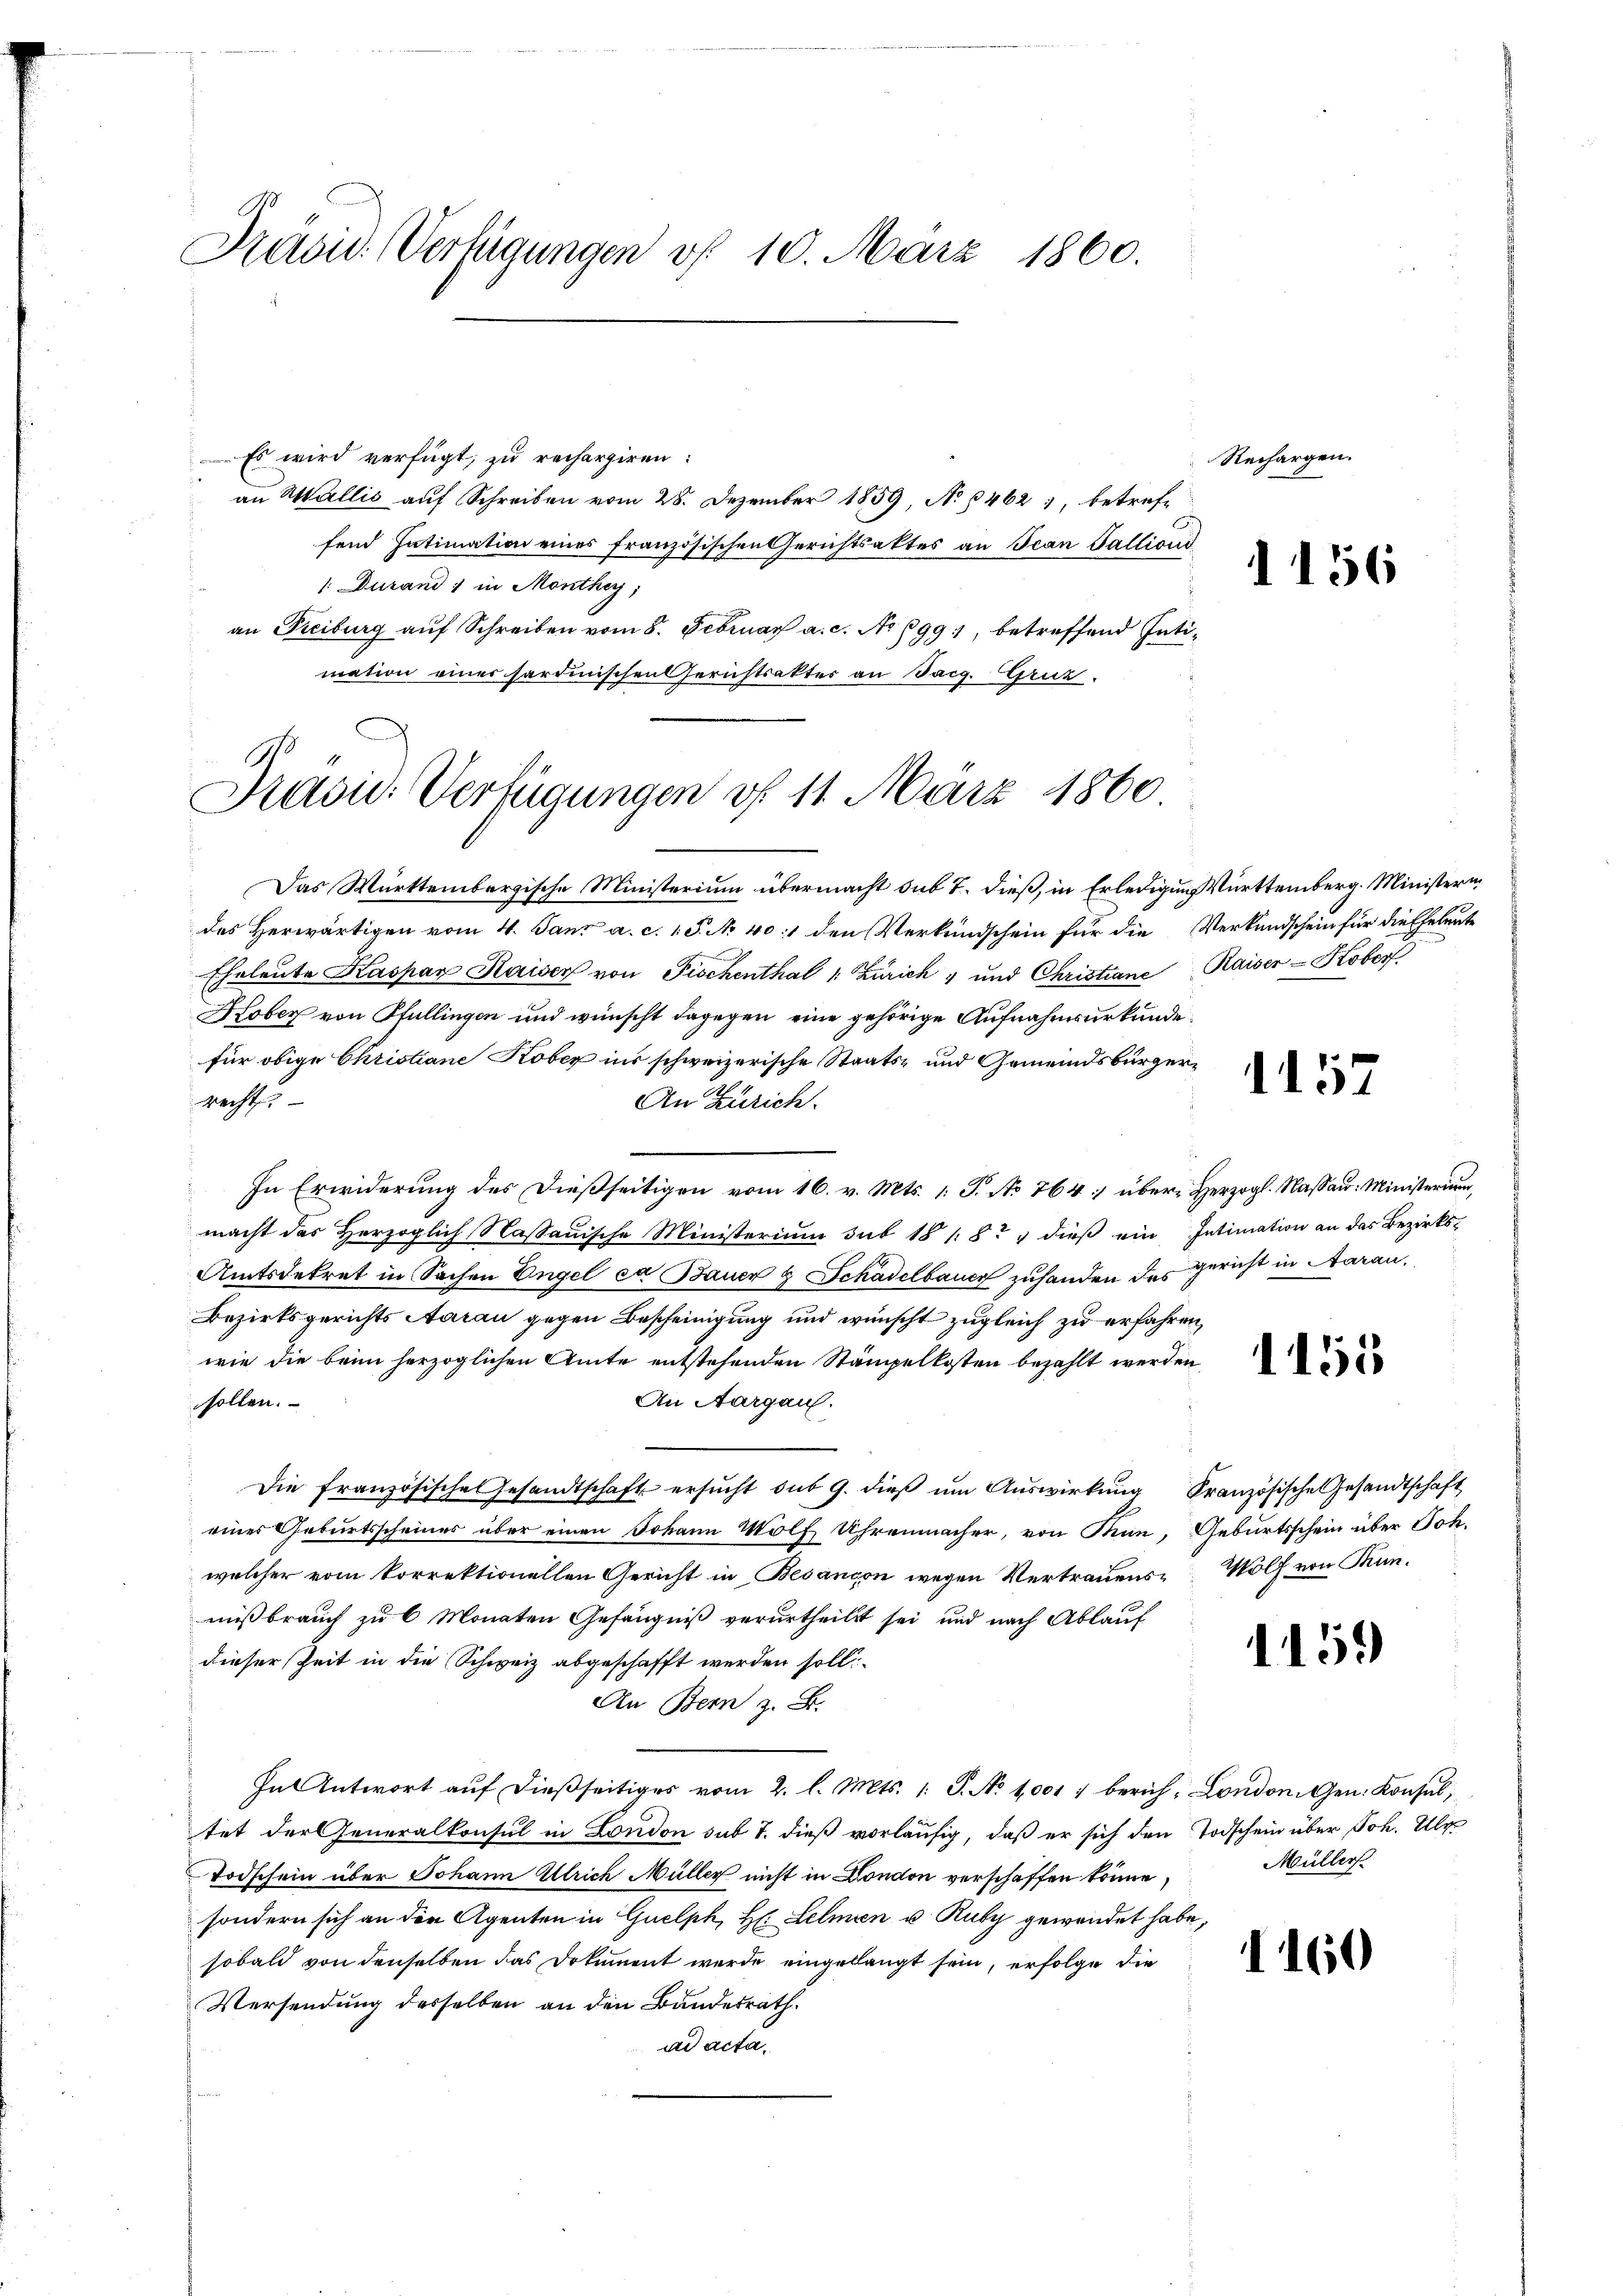
Präsid. Verfügungen v. 10. März 1860.

Es wird verfügt, zu rechargiren:
an Wallis auf Schreiben vom 28. Dezember 1859, No 6462, betreffend Intimation eines französischen Gerichtsaktes an Jean Fallioni
1: Durand 1 in Monthey,
an Freiburg auf Schreiben vom 8. Februar a. c. No 699), betreffend Intimation eines sardinischen Gerichtsakter an Sarg. Gruz

Prasie Verfügungen vf 11. März 1860

Das Württembergische Ministerium übermacht sub T. dieß, in Erledigung Württemberg. Ministerin
des Herwärtigen vom 4. Janz a. c. 1 P. N. 401 den Verkundschein für die Verkundschein für die Eheleute
Eheleute Kaspar Kaiser von Fischenthal Zürich , und Christiane Kaiser-Koberf
Kober von Pfullingen und wünscht dagegen eine gehörige Aufnahmsurkundefür obige Christiane Kober ins schweizerische Staats- und Gemeindsbürgerrecht.
An Zürich.
In Erwiderung des dießseitigen vom 16. v. Mts. 1 S. No 764 über Herzogl. Nassau: Ministerium,
macht das Herzoglich Nassauische Ministerium sub 18 / 8t " dieß ein Intimation an das Bezirks-
Amtsdekret in Sachen Engel ca Bauer & Schadelbauer zufanden des Gericht in Aarau¬
Bezirksgerichts Aarau gegen Bescheinigung und wünscht zugleich zu erfahren,
wie die beim herzoglichen Amte entstehenden Stämpelkosten bezahlt werden,
sollen.
An Aargau.
Die französische Gesandtschaft ersŭcht sub 9. dieβ ŭm Aŭswirkŭng Französische Gesandtschaft
eines Geburtsscheines über einen Johann Wolf Uhrenmacher, von Man, Geburtsschein über Joh.
welcher vom korrektionellen Gericht in Besançon wegen Vertrauens- Wölf von Tunmißbrauch zu 6 Monaten Gefängniß verurtheilt sei und nach Ablauf
dieser Zeit in die Schweiz abgeschafft werden soll.
An Bern z. B.
In Antwort aŭf dieβseitiges vom 2. l. Mts. 1. P. Nr. 1001 : berich, London. Gen. Konsul,
tet der Generalkonsul in London sub 7. dieß vorläufig, daß er sich den Todschein über Joh. Ulr
Todschein über Johann Ulrich Müller nicht in London verschaffen könne,
sondern sich an den Agenten in Quelph, H: Lehmen u. Ruby gewendet habe,
sobald von denselben das Dokument werde eingelangt sein, erfolge die
Versendung desselben an den Bundesrath.
ad acta.

Rechargen.

1156

1157

1155

115.

Müller

1160